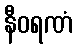
နီဝရဏံ